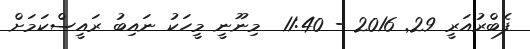
ފެބްރުއަރީ 29